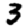
Digit: 3